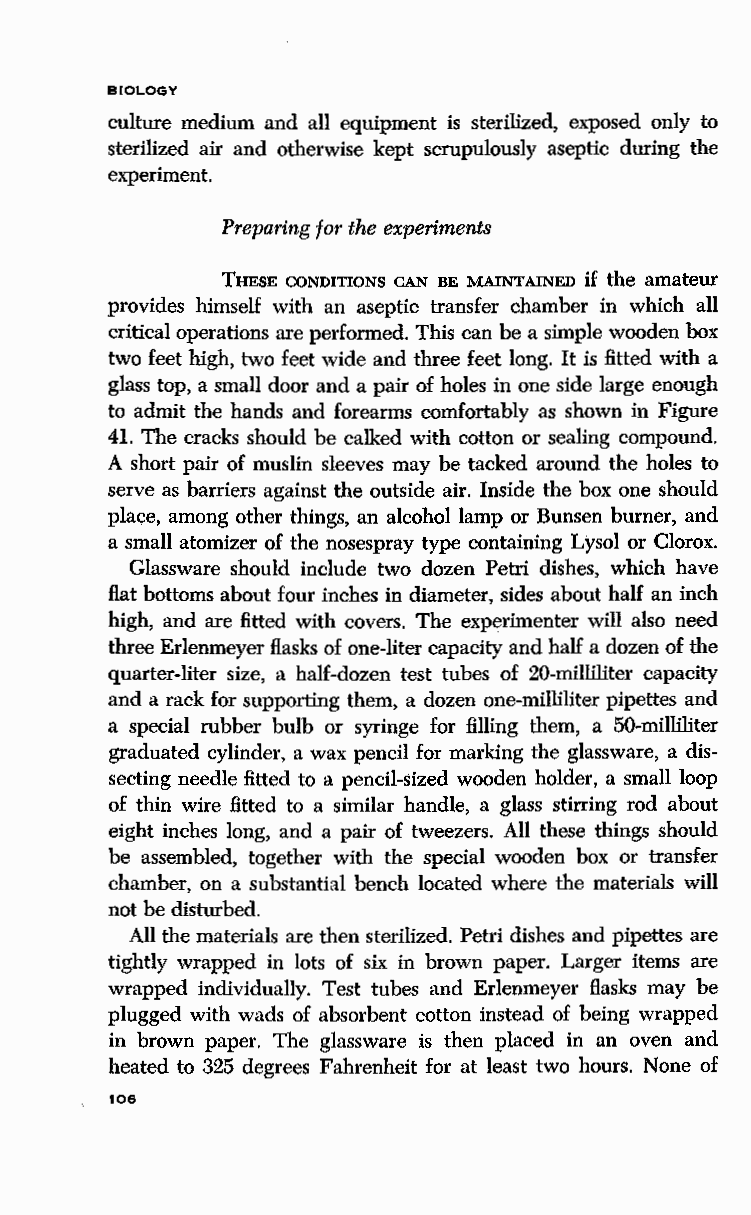
BIOLOGY
 culture medium and all equipment is sterilized, exposed only to
 sterilized air and otherwise kept scrupulously aseptic during the
 experiment.
 Preparing for the experiments
 THESE CONDITIONS CAN BE MAINTAINED if the amateur
 provides himself with an aseptic transfer chamber in which all
 critical operations are performed. This can be a simple wooden box
 two feet high, two feet wide and three feet long. It is fitted with a
 glass top, a small door and a pair of holes in one side large enough
 to admit the hands and forearms comfortably as shown in Figure
 41. The cracks should be calked with cotton or sealing compound.
 A short pair of muslin sleeves may be tacked around the holes to
 serve as barriers against the outside air. Inside the box one should
 place, among other things, an alcohol lamp or Bunsen burner, and
 a small atomizer of the nosespray type containing Lysol or Clorox.
 Glassware should include two dozen Petri dishes, which have
 Hat bottoms about four inches in diameter, sides about half an inch
 high, and are fitted with covers. The experimenter will also need
 three Erlenmeyer flasks of one-liter capacity and half a dozen of the
 quarter-liter size, a half-dozen test tubes of 20-milliliter capacity
 and a rack for supporting them, a dozen one-milliliter pipettes and
 a special rubber bulb or syringe for filling them, a 50-milliliter
 graduated cylinder, a wax pencil for marking the glassware, a dis
 secting needle fitted to a pencil-sized wooden holder, a small loop
 of thin wire fitted to a similar handle, a glass stirring rod about
 eight inches long, and a pair of tweezers. All these things should
 be assembled, together with the special wooden box or transfer
 chamber, on a substantial bench located where the materials will
 not be disturbed.
 All the materials are then sterilized. Petri dishes and pipettes are
 tightly wrapped in lots of six in brown paper. Larger items are
 wrapped individually. Test tubes and Erlenmeyer flasks may be
 plugged with wads of absorbent cotton instead of being wrapped
 in brown paper. The glassware is then placed in an oven and
 heated to 325 degrees Fahrenheit for at least two hours. None of
 106